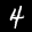
Label: 4